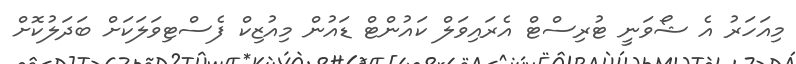
މިއަހަރު އެ ޝޯވަނީ ޓުރިސްޓް އެރައިވަލް ކައުންޓް ޑައުން މިއުޒިކް ފެސްޓިވަލަކަށް ބަދަލުކޮށް